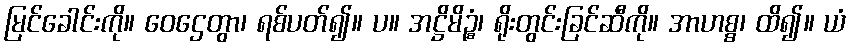
မြင်ခေါင်းကို။ ဝေဌေတွာ၊ ရစ်ပတ်၍။ ပ။ အဋ္ဌိမိဉ္စံ၊ ရိုးတွင်းခြင်ဆီကို။ အာဟစ္စ၊ ထိ၍။ ယံ